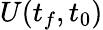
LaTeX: U(t_{f},t_{0})